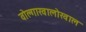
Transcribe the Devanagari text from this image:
वोल्गाखालोखाल